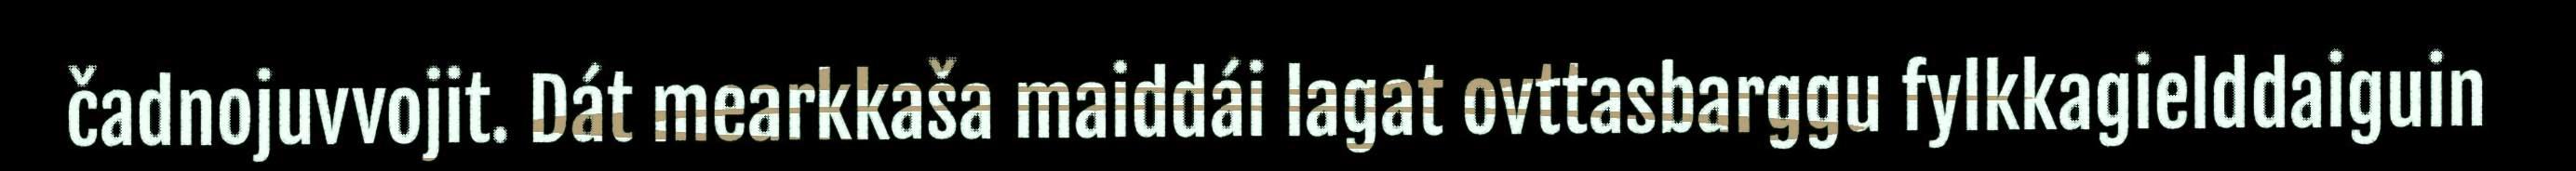
čadnojuvvojit. Dát mearkkaša maiddái lagat ovttasbarggu fylkkagielddaiguin